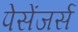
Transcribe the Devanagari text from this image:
पेसेंजर्स